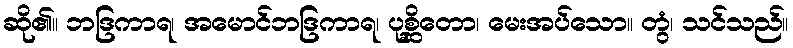
ဆို၏။ ဘဒြကာရ၊ အမောင်ဘဒြကာရ၊ ပုစ္ဆိတော၊ မေးအပ်သော။ တွံ၊ သင်သည်။